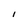
Character: l